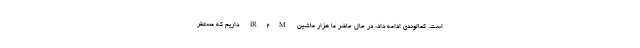
است. کمالوندی ادامه داد: در حال حاضر ما هزار ماشین IR۲M داریم که مستقر